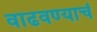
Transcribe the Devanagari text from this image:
वाढवण्याचं